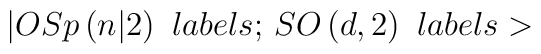
|OSp\left( n|2\right) \,\,labels;\,SO\left( d,2\right) \,\,labels>